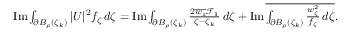
\begin{array} { r } { \operatorname { I m } \int _ { \partial B _ { \rho } ( \zeta _ { k } ) } | U | ^ { 2 } f _ { \zeta } \, d \zeta = \operatorname { I m } \int _ { \partial B _ { \rho } ( \zeta _ { k } ) } \frac { 2 \overline { { w _ { z } } } \mathcal { F } _ { 1 } } { \zeta - \zeta _ { k } } \, d \zeta + \operatorname { I m } \overline { { \int _ { \partial B _ { \rho } ( \zeta _ { k } ) } \frac { w _ { \zeta } ^ { 2 } } { f _ { \zeta } } \, d \zeta } } . } \end{array}